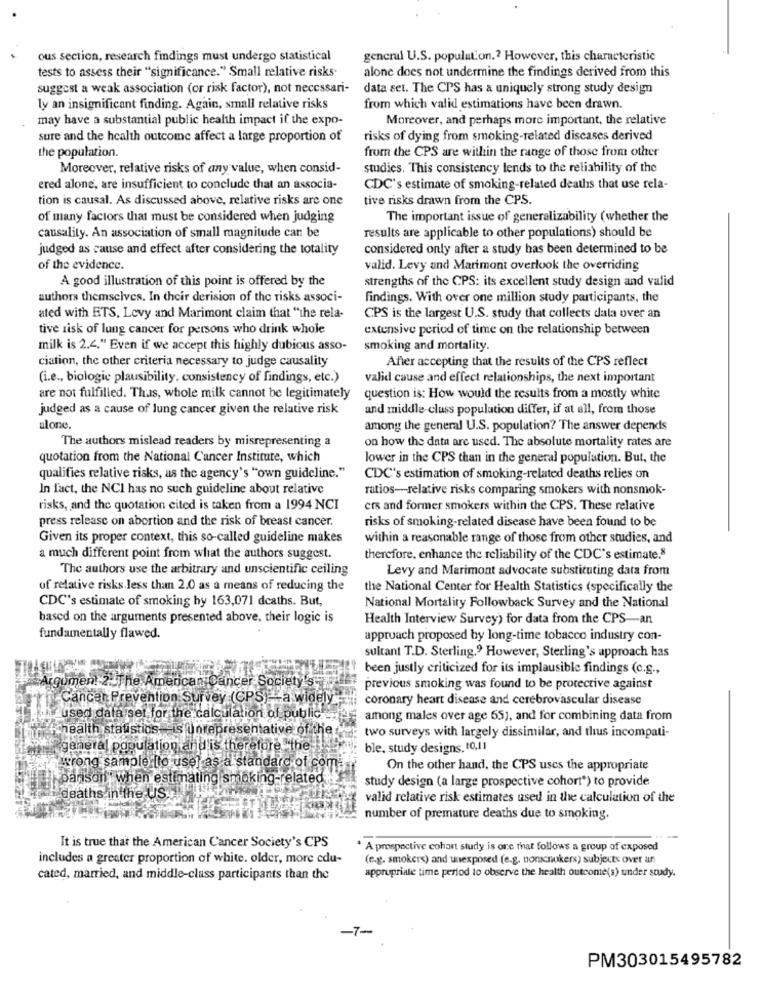
ous section, research findings must undergo statistical
general U.S. population .? However, this characteristic
tests to assess their "significance." Small relative risks.
alone does not undermine the findings derived from this
suggest a weak association (or risk factor), not necessari-
data set. The CPS has a uniquely strong study design
ly an insignificant finding. Again, small relative risks
from which valid estimations have been drawn.
may have a substantial public health impact if the expo-
Moreover, and perhaps more important, the relative
sure and the health outcome affect a large proportion of
risks of dying from smoking-related discases derived
from the CPS are within the range of those from other
the population.
Moreover, relative risks of any value, when consid-
studies. This consistency lends to the reliability of the
ered alone, are insufficient to conclude that an associa-
CDC's estimate of smoking-related deaths that use rela-
tion is causal. As discussed above, relative risks are one
tive risks drawn from the CPS.
of many factors that must be considered when judging
The important issue of generalizability (whether the
causality. An association of small magnitude can be
results are applicable to other populations) should be
judged as cause and effect after considering the totality
considered only after a study has been determined to be
of the evidence.
valid. Levy and Marimont overlook the overriding
A good illustration of this point is offered by the
strengths of the CPS: its excellent study design and valid
authors themselves. In their derision of the risks associ-
findings. With over one million study participants, the
ated with ETS, Levy and Marimont claim that "the rela-
CPS is the largest U.S. study that collects data over an
tive risk of lung cancer for persons who drink whole
extensive period of time on the relationship between
milk is 2.4." Even if we accept this highly dubious asso-
smoking and mortality.
ciation, the other criteria necessary to judge causality
After accepting that the results of the CPS reflect
(i.e ., biologie plausibility, consistency of findings, etc.)
valid cause and effect relationships, the next important
are not fulfilled. Thus, whole milk cannot be legitimately
question is: How would the results from a mostly white
judged as a cause of lung cancer given the relative risk
and middle-class population differ, if at all, from those
alone.
among the general U.S. population? The answer depends
The authors mislead readers by misrepresenting a
on how the data are used. The absolute mortality rates are
quotation from the National Cancer Institute, which
lower in the CPS than in the general population. But, the
qualifies relative risks, as the agency's "own guideline."
CDC's estimation of smoking-related deaths relies on
In fact, the NCI has no such guideline about relative
ratios-relative risks comparing smokers with nonsmok-
risks, and the quotation cited is taken from a 1994 NCI
ers and former smokers within the CPS. These relative
press release on abortion and the risk of breast cancer.
risks of smoking-related disease have been found to be
Given its proper context, this so-called guideline makes
within a reasonable range of those from other studies, and
a much different point from what the authors suggest.
therefore, enhance the reliability of the CDC's estimate.8
The authors use the arbitrary and unscientific ceiling
Levy and Marimont advocate substituting data from
of relative risks.less than 2.0 as a means of reducing the
the National Center for Health Statistics (specifically the
CDC's estimate of smoking by 163,071 deaths. But,
National Mortality Followback Survey and the National
based on the arguments presented above, their logic is
Health Interview Survey) for data from the CPS-an
fundamentally flawed.
approach proposed by long-time tobacco industry con-
sultant T.D. Sterling.9 However, Sterling's approach has
been justly criticized for its implausible findings (c.g .,
Argument 2.311
on: 2. The American Cancer Society's,
previous smoking was found to be protective against
Cancer Prevention Survey (CPS) -a widely
coronary heart disease and cerebrovascular disease
used data set for the calculation of public.
among males over age 65), and for combining data from
fchealth statistics.
unrep
esentative of the
two surveys with largely dissimilar, and thus incompati-
general population and is therefore the
ble, study designs. 10,11
wrong sample [to use] as a standard of
On the other hand, the CPS uses the appropriate
parson" when estimating smoking-related
study design (a large prospective cohort*) to provide
Baths in the US
valid relative risk estimates used in the calculation of the
number of premature deaths due to smoking.
It is true that the American Cancer Society's CPS
* A prospective cohort study is ore that follows a group of exposed
includes a greater proportion of white. older, more cdu-
(e.g. smokers) and unexposed (e.g. nonscnokers) subjects over an
appropriate time period to observe the health outcome(s) under study.
cated, married, and middle-class participants than the
PM303015495782